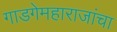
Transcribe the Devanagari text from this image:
गाडगेमहाराजांचा